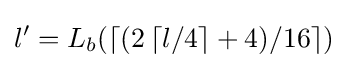
l'=L_{b}(\left\lceil (2\left\lceil l/4\right\rceil +4)/16\right\rceil )